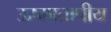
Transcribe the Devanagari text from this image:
ऊष्मातापीय